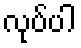
လုပ်ပါ